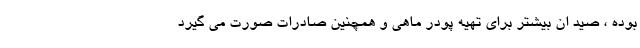
بوده ، صید ان بیشتر برای تهیه پودر ماهی و همچنین صادرات صورت می گیرد